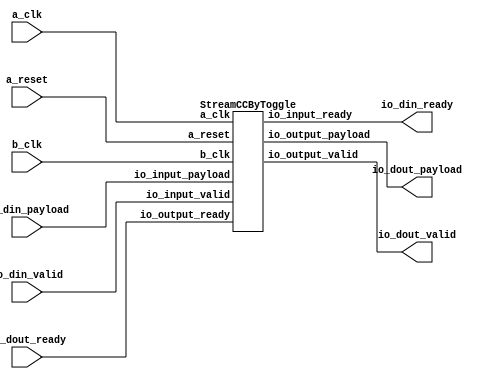
// Generator : SpinalHDL v1.7.2    git head : 08fc866bebdc40c471ebe327bface63e34406489
// Component : Clock_4
// Git hash  : 23d564a3e9d4d768c2cb1641ec7dc2becc0d2602

`timescale 1ns/1ps

module Clock_4 (
  input               io_din_valid,
  output              io_din_ready,
  input      [7:0]    io_din_payload,
  output              io_dout_valid,
  input               io_dout_ready,
  output     [7:0]    io_dout_payload,
  input               a_clk,
  input               a_reset,
  input               b_clk
);

  wire                streamCCByToggle_1_io_input_ready;
  wire                streamCCByToggle_1_io_output_valid;
  wire       [7:0]    streamCCByToggle_1_io_output_payload;

  StreamCCByToggle streamCCByToggle_1 (
    .io_input_valid    (io_din_valid                             ), //i
    .io_input_ready    (streamCCByToggle_1_io_input_ready        ), //o
    .io_input_payload  (io_din_payload[7:0]                      ), //i
    .io_output_valid   (streamCCByToggle_1_io_output_valid       ), //o
    .io_output_ready   (io_dout_ready                            ), //i
    .io_output_payload (streamCCByToggle_1_io_output_payload[7:0]), //o
    .a_clk             (a_clk                                    ), //i
    .a_reset           (a_reset                                  ), //i
    .b_clk             (b_clk                                    )  //i
  );
  assign io_din_ready = streamCCByToggle_1_io_input_ready;
  assign io_dout_valid = streamCCByToggle_1_io_output_valid;
  assign io_dout_payload = streamCCByToggle_1_io_output_payload;

endmodule

module StreamCCByToggle (
  input               io_input_valid,
  output              io_input_ready,
  input      [7:0]    io_input_payload,
  output              io_output_valid,
  input               io_output_ready,
  output     [7:0]    io_output_payload,
  input               a_clk,
  input               a_reset,
  input               b_clk
);

  wire                outHitSignal_buffercc_io_dataOut;
  wire                bufferCC_3_io_dataOut;
  wire                pushArea_target_buffercc_io_dataOut;
  wire                outHitSignal;
  wire                pushArea_hit;
  wire                pushArea_accept;
  reg                 pushArea_target;
  reg        [7:0]    pushArea_data;
  wire                io_input_fire;
  wire                a_reset_syncronized;
  wire                popArea_stream_valid;
  reg                 popArea_stream_ready;
  wire       [7:0]    popArea_stream_payload;
  wire                popArea_target;
  wire                popArea_stream_fire;
  reg                 popArea_hit;
  wire                popArea_stream_m2sPipe_valid;
  wire                popArea_stream_m2sPipe_ready;
  wire       [7:0]    popArea_stream_m2sPipe_payload;
  reg                 popArea_stream_rValid;
  wire                popArea_stream_fire_1;
  reg        [7:0]    popArea_stream_rData;
  wire                when_Stream_l368;

  BufferCC outHitSignal_buffercc (
    .io_dataIn  (outHitSignal                    ), //i
    .io_dataOut (outHitSignal_buffercc_io_dataOut), //o
    .a_clk      (a_clk                           ), //i
    .a_reset    (a_reset                         )  //i
  );
  BufferCC_1 bufferCC_3 (
    .io_dataIn  (1'b0                 ), //i
    .io_dataOut (bufferCC_3_io_dataOut), //o
    .b_clk      (b_clk                ), //i
    .a_reset    (a_reset              )  //i
  );
  BufferCC_2 pushArea_target_buffercc (
    .io_dataIn           (pushArea_target                    ), //i
    .io_dataOut          (pushArea_target_buffercc_io_dataOut), //o
    .b_clk               (b_clk                              ), //i
    .a_reset_syncronized (a_reset_syncronized                )  //i
  );
  assign pushArea_hit = outHitSignal_buffercc_io_dataOut;
  assign io_input_fire = (io_input_valid && io_input_ready);
  assign pushArea_accept = io_input_fire;
  assign io_input_ready = (pushArea_hit == pushArea_target);
  assign a_reset_syncronized = bufferCC_3_io_dataOut;
  assign popArea_target = pushArea_target_buffercc_io_dataOut;
  assign popArea_stream_fire = (popArea_stream_valid && popArea_stream_ready);
  assign outHitSignal = popArea_hit;
  assign popArea_stream_valid = (popArea_target != popArea_hit);
  assign popArea_stream_payload = pushArea_data;
  assign popArea_stream_fire_1 = (popArea_stream_valid && popArea_stream_ready);
  always @(*) begin
    popArea_stream_ready = popArea_stream_m2sPipe_ready;
    if(when_Stream_l368) begin
      popArea_stream_ready = 1'b1;
    end
  end

  assign when_Stream_l368 = (! popArea_stream_m2sPipe_valid);
  assign popArea_stream_m2sPipe_valid = popArea_stream_rValid;
  assign popArea_stream_m2sPipe_payload = popArea_stream_rData;
  assign io_output_valid = popArea_stream_m2sPipe_valid;
  assign popArea_stream_m2sPipe_ready = io_output_ready;
  assign io_output_payload = popArea_stream_m2sPipe_payload;
  always @(posedge a_clk or posedge a_reset) begin
    if(a_reset) begin
      pushArea_target <= 1'b0;
    end else begin
      if(pushArea_accept) begin
        pushArea_target <= (! pushArea_target);
      end
    end
  end

  always @(posedge a_clk) begin
    if(pushArea_accept) begin
      pushArea_data <= io_input_payload;
    end
  end

  always @(posedge b_clk or posedge a_reset_syncronized) begin
    if(a_reset_syncronized) begin
      popArea_hit <= 1'b0;
      popArea_stream_rValid <= 1'b0;
    end else begin
      if(popArea_stream_fire) begin
        popArea_hit <= popArea_target;
      end
      if(popArea_stream_ready) begin
        popArea_stream_rValid <= popArea_stream_valid;
      end
    end
  end

  always @(posedge b_clk) begin
    if(popArea_stream_fire_1) begin
      popArea_stream_rData <= popArea_stream_payload;
    end
  end


endmodule

module BufferCC_2 (
  input               io_dataIn,
  output              io_dataOut,
  input               b_clk,
  input               a_reset_syncronized
);

  (* async_reg = "true" *) reg                 buffers_0;
  (* async_reg = "true" *) reg                 buffers_1;

  assign io_dataOut = buffers_1;
  always @(posedge b_clk or posedge a_reset_syncronized) begin
    if(a_reset_syncronized) begin
      buffers_0 <= 1'b0;
      buffers_1 <= 1'b0;
    end else begin
      buffers_0 <= io_dataIn;
      buffers_1 <= buffers_0;
    end
  end


endmodule

module BufferCC_1 (
  input               io_dataIn,
  output              io_dataOut,
  input               b_clk,
  input               a_reset
);

  (* async_reg = "true" *) reg                 buffers_0;
  (* async_reg = "true" *) reg                 buffers_1;

  assign io_dataOut = buffers_1;
  always @(posedge b_clk or posedge a_reset) begin
    if(a_reset) begin
      buffers_0 <= 1'b1;
      buffers_1 <= 1'b1;
    end else begin
      buffers_0 <= io_dataIn;
      buffers_1 <= buffers_0;
    end
  end


endmodule

module BufferCC (
  input               io_dataIn,
  output              io_dataOut,
  input               a_clk,
  input               a_reset
);

  (* async_reg = "true" *) reg                 buffers_0;
  (* async_reg = "true" *) reg                 buffers_1;

  assign io_dataOut = buffers_1;
  always @(posedge a_clk or posedge a_reset) begin
    if(a_reset) begin
      buffers_0 <= 1'b0;
      buffers_1 <= 1'b0;
    end else begin
      buffers_0 <= io_dataIn;
      buffers_1 <= buffers_0;
    end
  end


endmodule